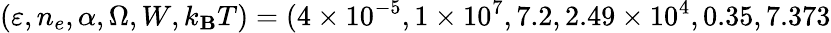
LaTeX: (\varepsilon,n_{e},\alpha,\Omega,W,k_{\mathbf{B}}T)=(4\times10^{-5},1\times10^{7},7.2,2.49\times10^{4},0.35,7.373